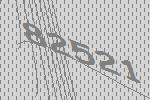
82521